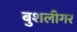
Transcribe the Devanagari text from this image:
बुशलीगर